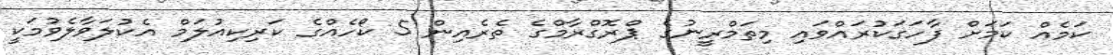
ކަމެއް ކަމަށް ފާހަގަކުރައްވައި މިތަމްރީނުގެ ޕްރޮގްރާމްގެ ތެރެއިން 5 ކޯހެއްގެ ކަރިކިއުލަމް އެކުލަވާލެވުމަކީ